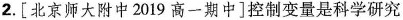
2.[北京师大附中2019高一期中]控制变量是科学研究